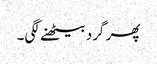
پھر گرد بیٹھنے لگی۔